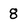
Character: 8